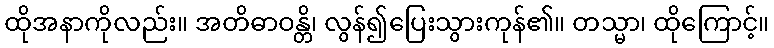
ထိုအနာကိုလည်း။ အတိဓာဝန္တိ၊ လွန်၍ပြေးသွားကုန်၏။ တသ္မာ၊ ထိုကြောင့်။